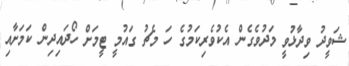
ޝަވީދު ވިދާޅުވީ މަދުވެގެން އެކުވެރިކަމުގެ ހަ މެޗު ގައުމީ ޓީމަށް ހޯދައިދިން ކަމަށާއި